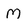
Character: M